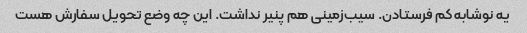
یه نوشابه کم فرستادن. سیب‌زمینی هم پنیر نداشت. این چه وضع تحویل سفارش هست